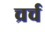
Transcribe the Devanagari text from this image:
च्रर्च